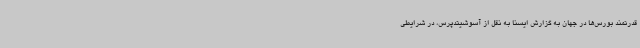
قدرتمند بورس‌ها در جهان به گزارش ایسنا به نقل از آسوشیتدپرس، در شرایطی